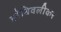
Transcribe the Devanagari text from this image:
ङोंबिवलीकर